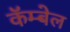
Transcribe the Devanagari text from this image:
कॅम्बेल